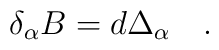
\quad \delta _\alpha B=d\Delta _\alpha \quad .